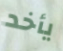
يأخد